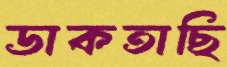
ডাকতাছি